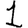
Digit: 1